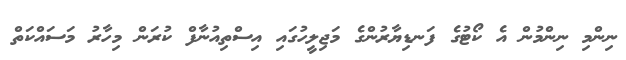
ނިންމި ނިންމުން އެ ކޯޓުގެ ފަނޑިޔާރުންގެ މަޖިލީހުގައި އިސްތިިއުނާފް ކުރަން މިހާރު މަސައްކަތް